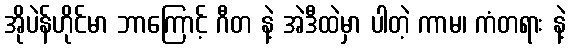
အိုပဲန်ဟိုင်မာ ဘာကြောင့် ဂီတ နဲ့ အဲဒီထဲမှာ ပါတဲ့ ကာမ၊ ကံတရား နဲ့